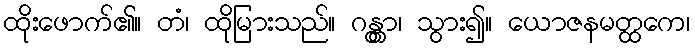
ထိုးဖောက်၏။ တံ၊ ထိုမြားသည်။ ဂန္တွာ၊ သွား၍။ ယောဇနမတ္ထကေ၊